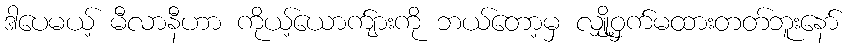
ဒါပေမယ့် မီလာနီဟာ ကိုယ့်ယောက်ျားကို ဘယ်တော့မှ လျှို့ဝှက်မထားတတ်ဘူးနော်